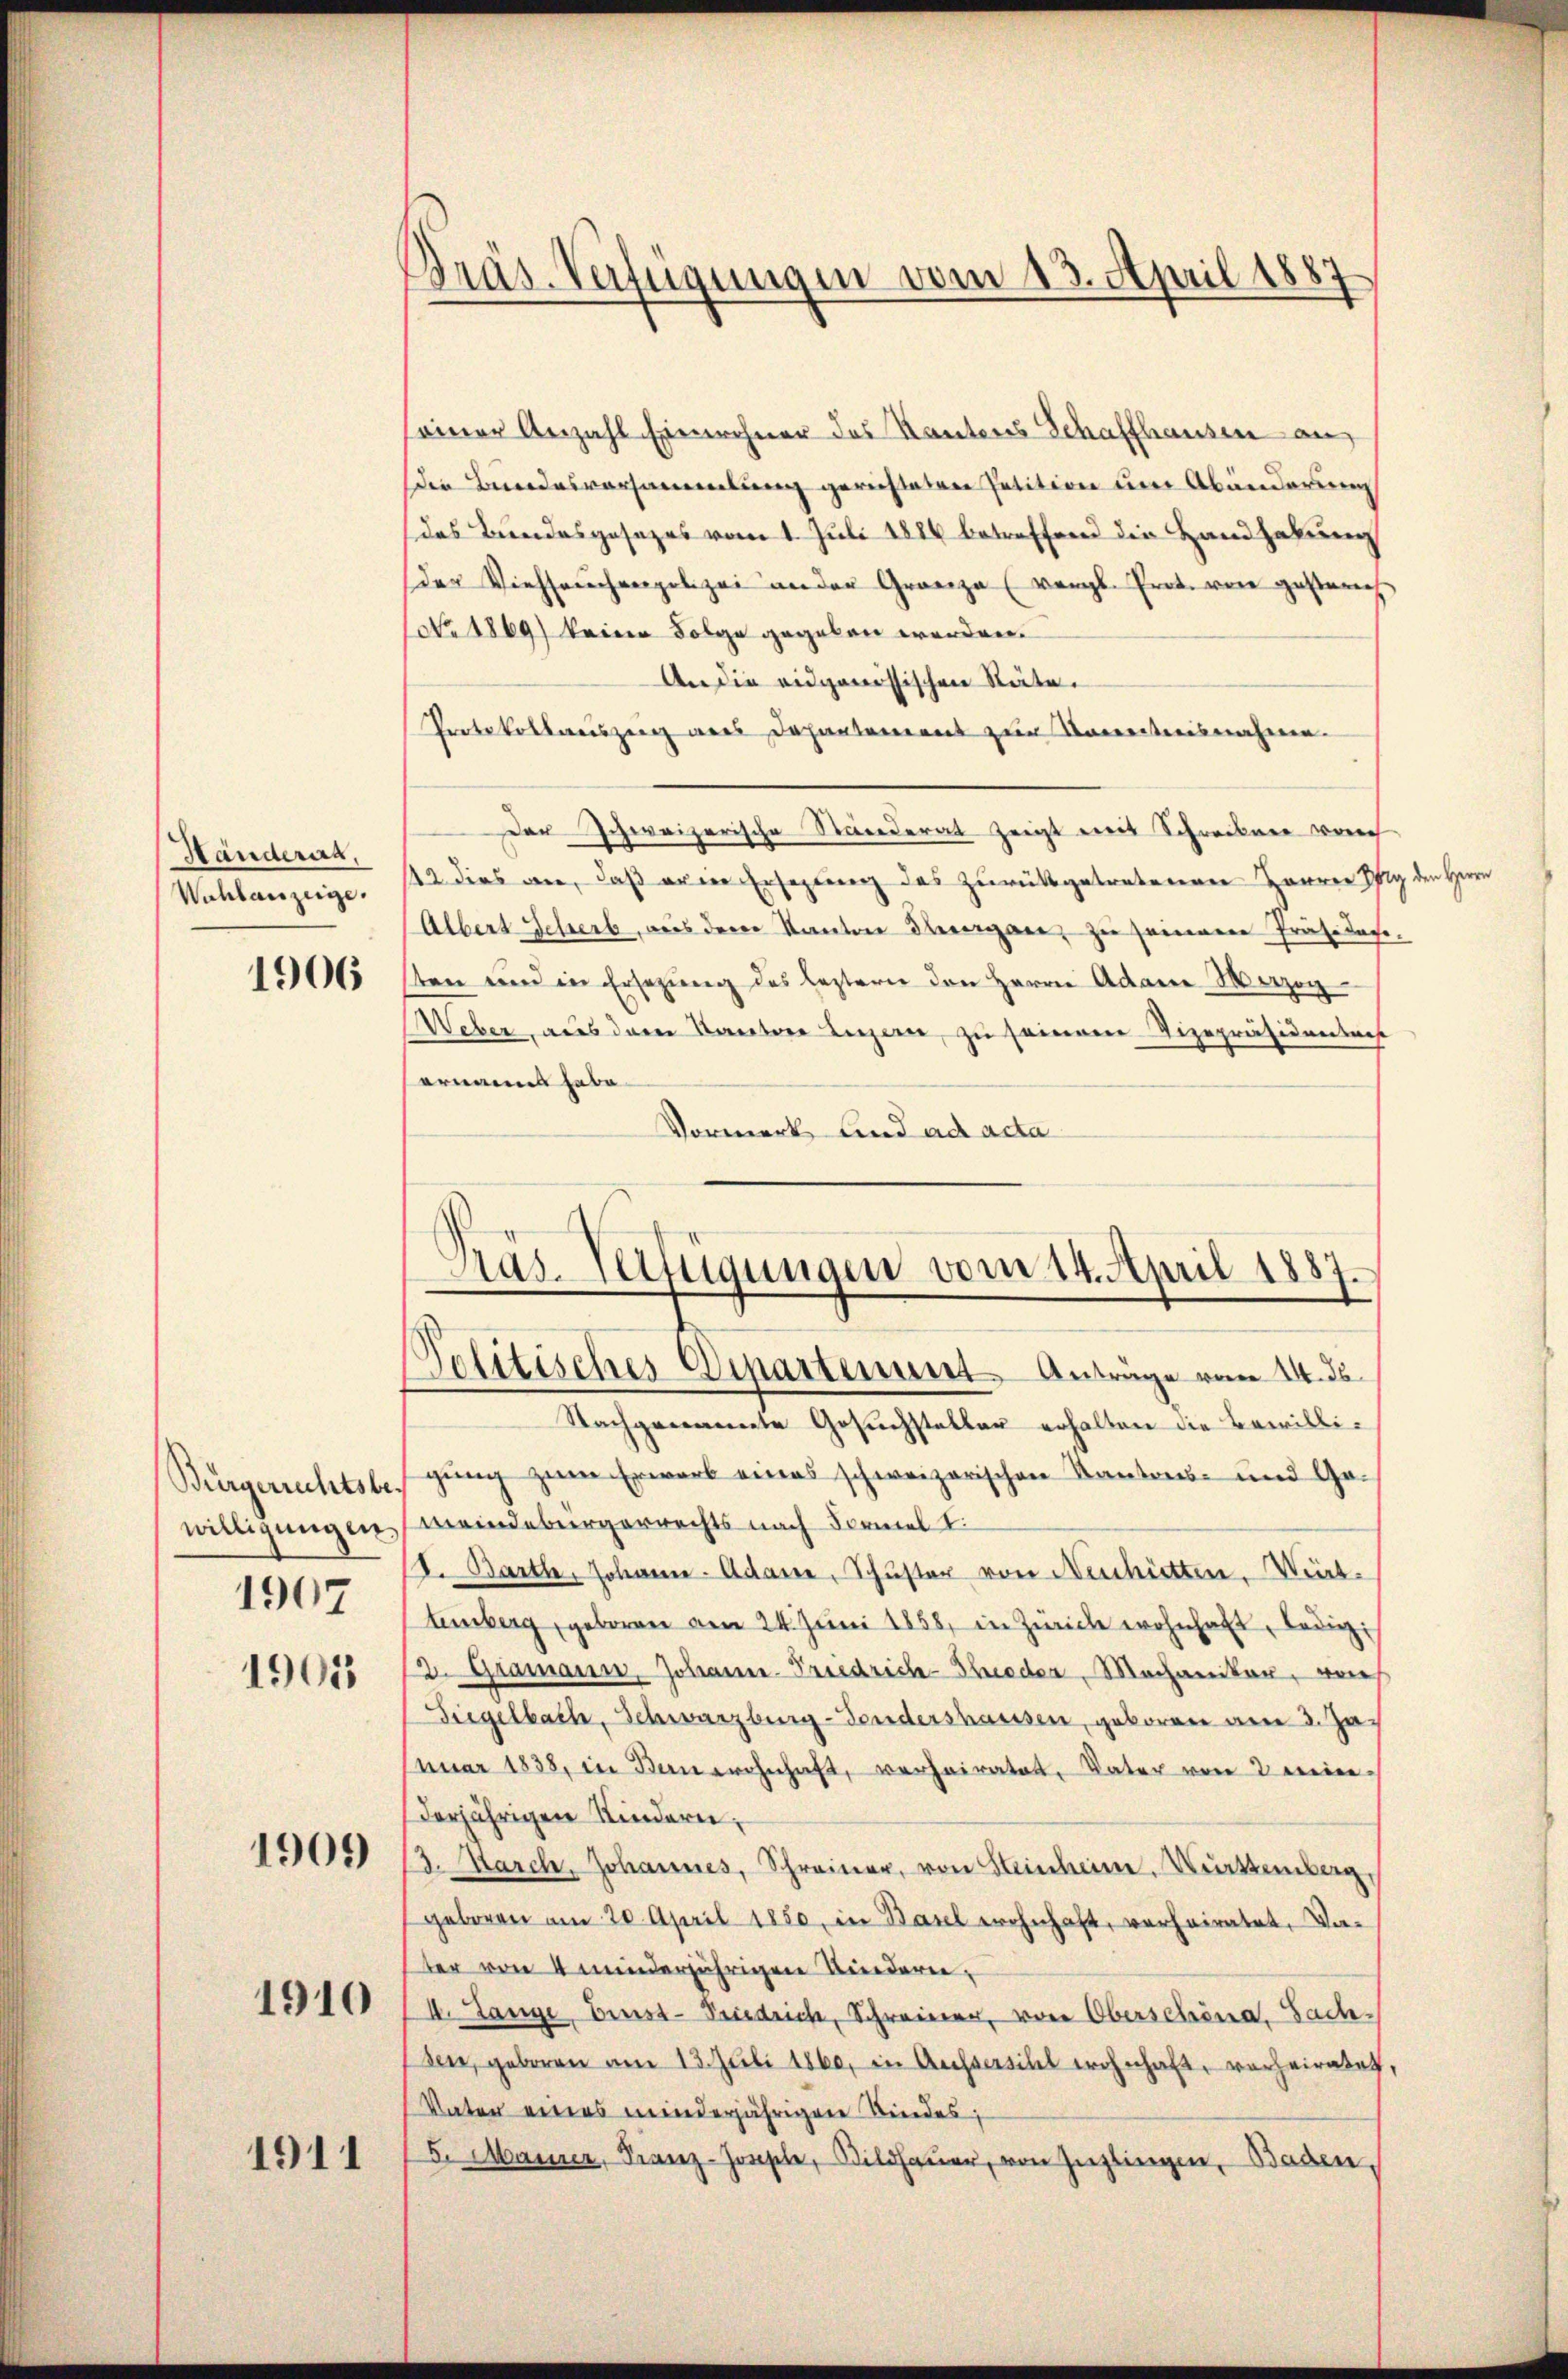
Händerat,
Wohlanzeige.

1906

Bürgerrechtsbewilligungen,
1907

1909

1910

1911

Präs. Verfügungen vom 13. April 1887

seiner Anzahl Einwohner des Rautores Schaffhausen an
die Bundesversammlung gerichteten Petition um Abänderung
das Bundesgesezes vom 1. Juli 1886 betreffend die Handhabung
der Viehseuchenpolizei ander Granza (vergl. Prot. von gestern
No 1869) keine Folge gegeben werden.
An die eidgenössischen Stäte.
Protokollweiszeig was Dahantenannt zur Anweiterisnahmen.
Der Schweizerische Ständerat zeigt mit Schreiben vorch
42 dies an, daß er in Ersezung des zurückgetretenen Harrer Pfy den Herrn
Albert Schreib, aus der Kanton Therergane, zu seiner Präsider-
sten und in Ersezung des leztern den Herrn Adame Verzog
Weber, aus dem Kanton Luzern, zu seinem Vizepräsidentars
ernannt habe.
Vormerk und ad acta

Präs. Verfügungen vom 14. April 1857.
Solitisches Departement Anträge vom 14. ds.

Nachgenannte Gesuchsteller erhalten die Bewilligung zum Erwarb eines schweizerischen Kantons- und Gemeindebürgerrechts nach Formel I
t. Barth, Johann- Adame, Schuster von Neuhietten. Wirt
temberg, geboren am 24. Juni 1858, in Zürich wohnhaft, ledig
19055 12. Gramann, Johann-Friedrich-Groder, Mechaniker, von
Siegelbach, Schwarzburg-Sondershausen, geboren am 3. Ja
nŭar 1838, in Banwohnhaft, verheiratet, Vater von 2 eine
derjährigen Kinderei,
13. March, Johannes, Schreiner, von Steinheim. Würtemberg,
geboren am 20. April 1880, in Baul wohnhaft, verheiratet, Va-
der von 4 minderjährigen Kindern,
I. Lange, Brust-Friedrich, Schreiner, von Oberschöna, Sach-
sen, geboren am 13. Juli 1860, in Aussersihl wohnhaft, verheiratet,
Vater eines minderjährigen Kindes,
5. Maurer, Franz-Josephe, Bildhauer, von Zuglingen, Baden